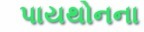
પાયથોનના